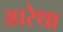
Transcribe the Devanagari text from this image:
आरेथा